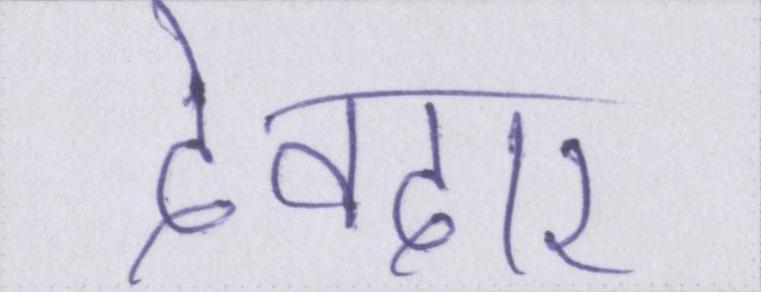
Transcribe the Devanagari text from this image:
देवदार